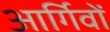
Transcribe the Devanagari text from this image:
आर्गिवों